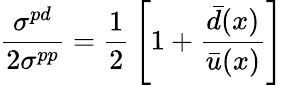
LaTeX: {\frac{\sigma^{pd}}{2\sigma^{pp}}}={\frac{1}{2}}\left[1+{\frac{{\bar{d}}(x)}{{\bar{u}}(x)}}\right]